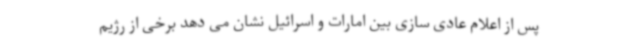
پس از اعلام عادی سازی بین امارات و اسرائیل نشان می دهد برخی از رژیم